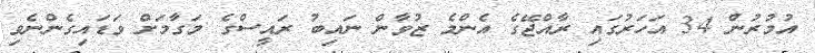
އުމުރުން 34 އަހަރުގައި ރާއްޖޭގެ އެންމެ ޒުވާން ނައިބު ރައީސްގެ މަގާމަށް ވަޑައިގެންނެވި